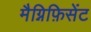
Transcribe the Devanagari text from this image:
मैग्निफ़िसेंट